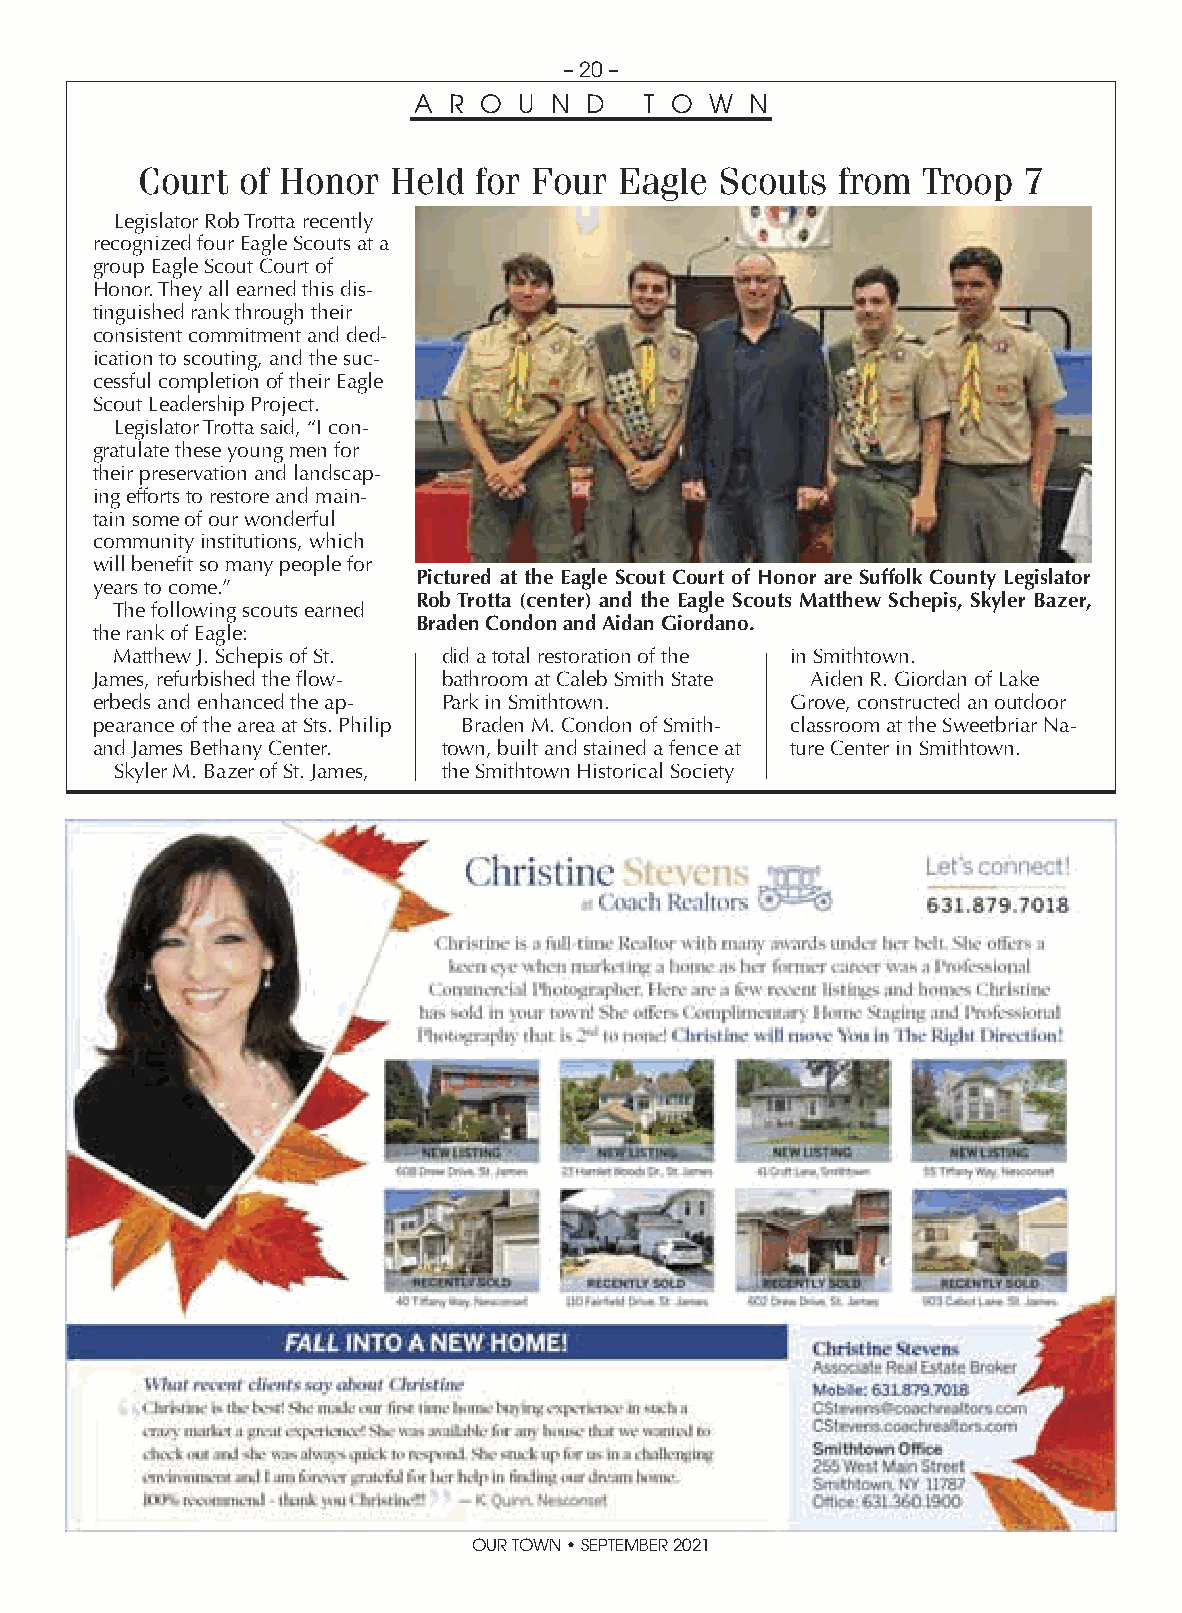
– 20 –
 A  R O U N  D   T O W  N
 Court  of Honor  Held for Four  Eagle  Scouts from  Troop  7
 Legislator Rob Trotta recently
 recognized four Eagle Scouts at a
 group Eagle Scout Court of
 Honor. They all earned this dis-
 tinguished rank through their
 consistent commitment and ded-
 ication to scouting, and the suc-
 cessful completion of their Eagle
 Scout Leadership Project.
 Legislator Trotta said, “I con-
 gratulate these young men for
 their preservation and landscap-
 ing efforts to restore and main-
 tain some of our wonderful
 community institutions, which
 will benefit so many people for
 Pictured at the Eagle Scout Court of Honor are Suffolk County Legislator
 years to come.”
 Rob Trotta (center) and the Eagle Scouts Matthew Schepis, Skyler Bazer,
 The following scouts earned
 Braden Condon and Aidan Giordano.
 the rank of Eagle:
 Matthew J. Schepis of St. did a total restoration of the in Smithtown.
 James, refurbished the flow- bathroom at Caleb Smith State Aiden R. Giordan of Lake
 erbeds and enhanced the ap- Park in Smithtown. Grove, constructed an outdoor
 pearance of the area at Sts. Philip Braden M. Condon of Smith- classroom at the Sweetbriar Na-
 and James Bethany Center. town, built and stained a fence at ture Center in Smithtown.
 Skyler M. Bazer of St. James, the Smithtown Historical Society
 OUR TOWN • SEPTEMBER 2021